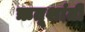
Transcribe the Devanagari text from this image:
ऋतूशांती